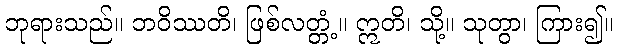
ဘုရားသည်။ ဘဝိဿတိ၊ ဖြစ်လတ္တံ့။ ဣတိ၊ သို့။ သုတွာ၊ ကြား၍။